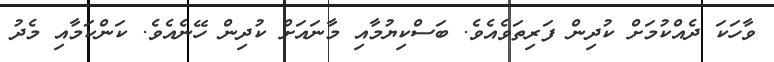
ވާހަކަ ދެއްކުމަށް ކުދިން ފަރިތަވެއެވެ. ބަސްކިޔުމާއި މާނައަށް ކުދިން ހޭނެއެވެ. ކަންކަމާއި މެދު